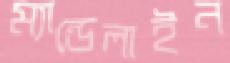
ম্যান্ডেলাইন